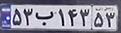
۵۳ب۱۴۳۵۳